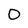
Character: D